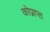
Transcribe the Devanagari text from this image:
कोप्राप्त